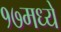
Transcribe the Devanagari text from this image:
१७मध्ये